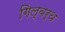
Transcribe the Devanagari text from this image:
गिल्बर्थ